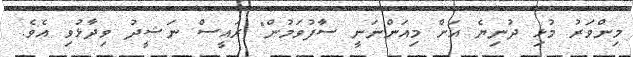
މިންވަރު މުޅި ދުނިޔެ އަށް މިއަންނަނީ ސާފުވަމުން" ރައީސް ނަޝީދު ވިދާޅުވި އެވެ.